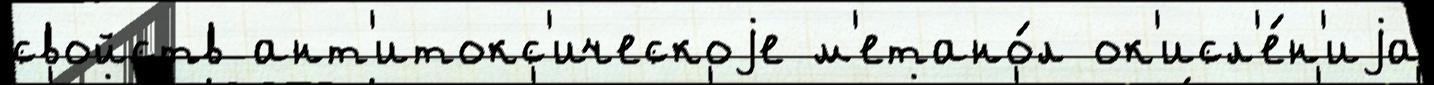
свойств ант'итокс'ическоjе м'етано́л ок'исл'е́н'иjа